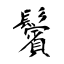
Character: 鬢